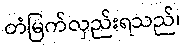
တံမြက်လှည်းရသည်၊